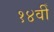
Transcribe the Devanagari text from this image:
१४वीँ